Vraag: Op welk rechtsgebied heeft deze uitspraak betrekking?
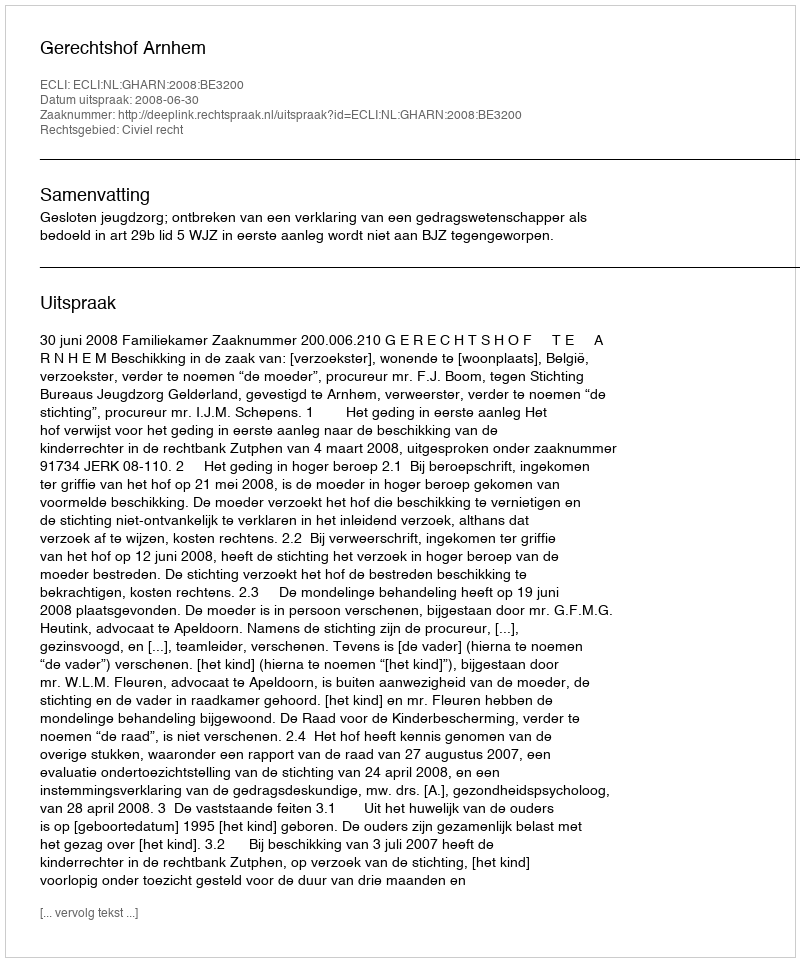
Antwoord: Civiel recht